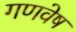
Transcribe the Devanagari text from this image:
गणवेष